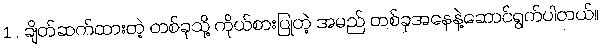
1 . ချိတ်ဆက်ထားတဲ့ တစ်ခုသို့ ကိုယ်စားပြုတဲ့ အမည် တစ်ခုအနေနဲ့ဆောင်ရွက်ပါတယ်။